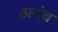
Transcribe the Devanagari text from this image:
अनंथ